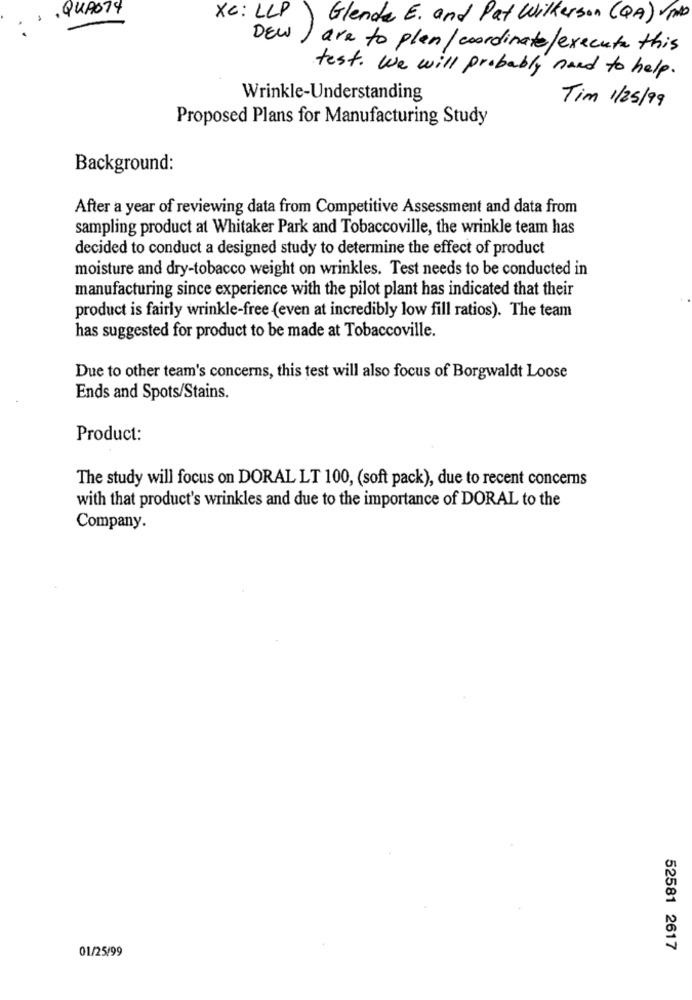
. QUANTY
Xc: LLP
Glenda E. and Pat Wilkerson ( QA) VIND
DEW
are to plan/ coordinate/execute this
test . We will probably need to help.
Wrinkle-Understanding
Tim 1/25/99
Proposed Plans for Manufacturing Study
Background:
After a year of reviewing data from Competitive Assessment and data from
sampling product at Whitaker Park and Tobaccoville, the wrinkle team has
decided to conduct a designed study to determine the effect of product
moisture and dry-tobacco weight on wrinkles. Test needs to be conducted in
manufacturing since experience with the pilot plant has indicated that their
product is fairly wrinkle-free (even at incredibly low fill ratios). The team
has suggested for product to be made at Tobaccoville.
Due to other team's concerns, this test will also focus of Borgwaldt Loose
Ends and Spots/Stains.
Product:
The study will focus on DORAL LT 100, (soft pack), due to recent concerns
with that product's wrinkles and due to the importance of DORAL to the
Company.
01/25/99
52581 2617